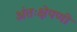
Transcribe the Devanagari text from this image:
अंतःक्षेपणी